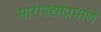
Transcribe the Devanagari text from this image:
सारंगाद्यांप्रमाणे